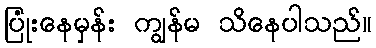
ပြုံးနေမှန်း ကျွန်မ သိနေပါသည်။